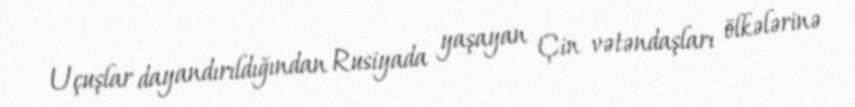
Uçuşlar dayandırıldığından Rusiyada yaşayan Çin vətəndaşları ölkələrinə